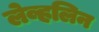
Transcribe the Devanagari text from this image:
लेव्हलिन